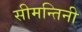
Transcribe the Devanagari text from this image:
सीमन्तिनी